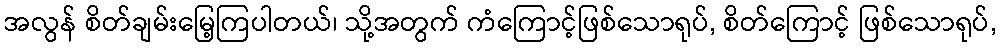
အလွန် စိတ်ချမ်းမြေ့ကြပါတယ်၊ သို့အတွက် ကံကြောင့်ဖြစ်သောရုပ်, စိတ်ကြောင့် ဖြစ်သောရုပ်,